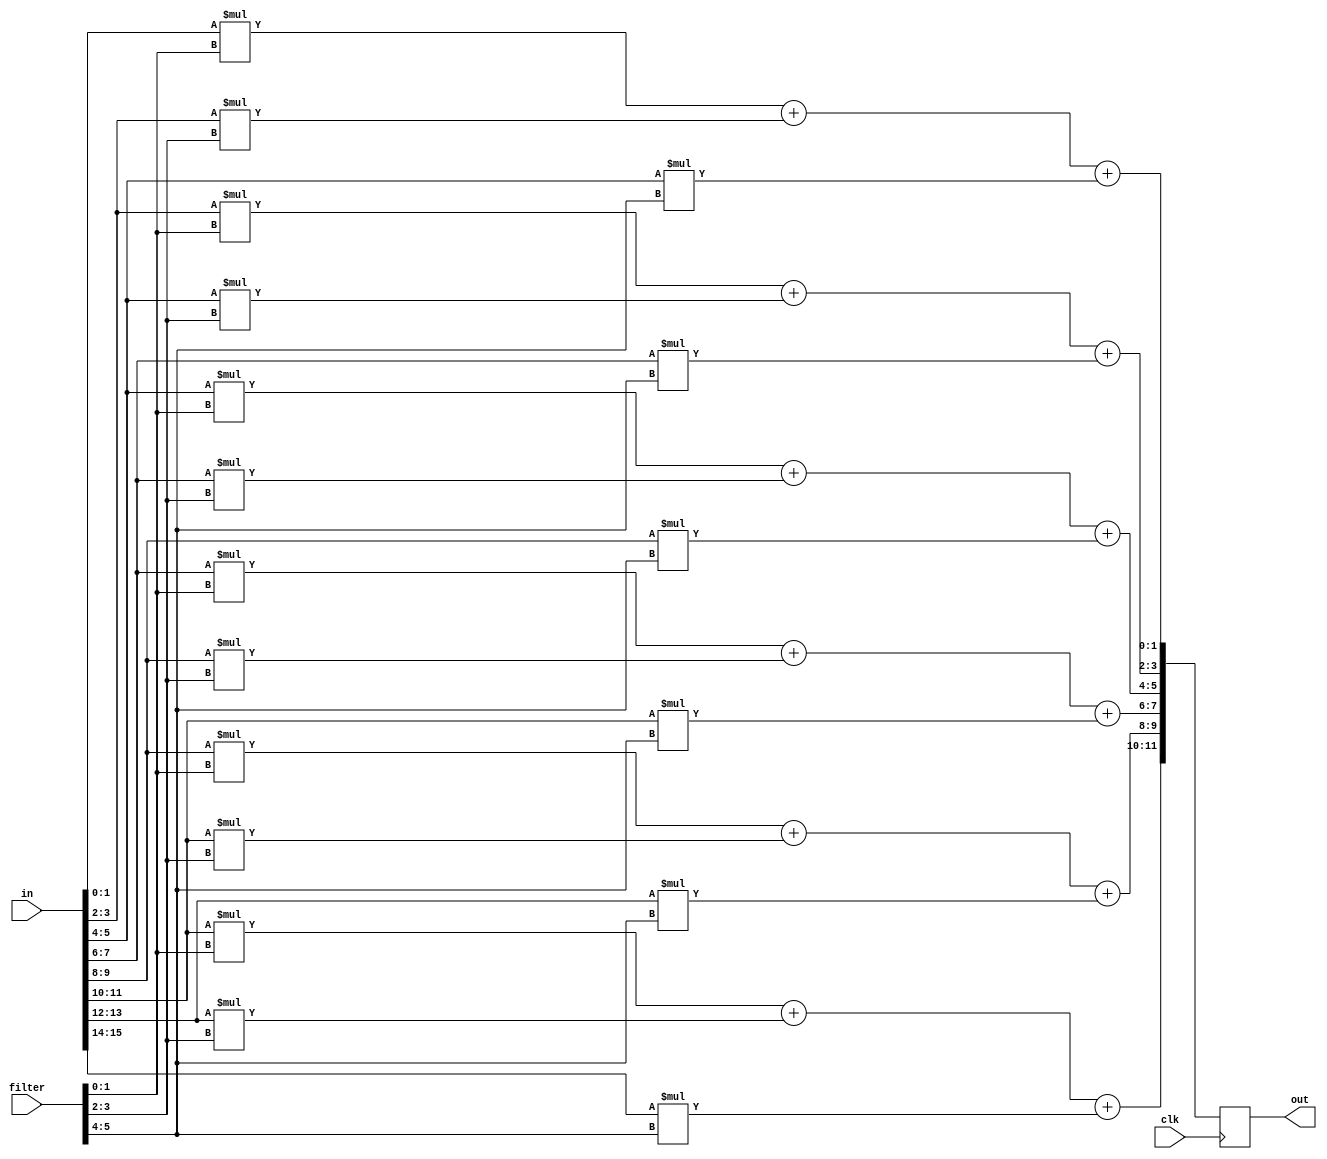
module pe_new_8x8(clk,in,filter,out);
input clk;
input [15:0]in;
input [5:0]filter;
output [11:0]out;

reg [11:0]out1;

always@(posedge clk)begin
	out1[1:0] = in[1:0] * filter[1:0] + in[3:2] * filter[3:2] + in[5:4] * filter[5:4];
	out1[3:2] = in[3:2] * filter[1:0] + in[5:4] * filter[3:2] + in[7:6] * filter[5:4];
	out1[5:4] = in[5:4] * filter[1:0] + in[7:6] * filter[3:2] + in[9:8] * filter[5:4];
	out1[7:6] = in[7:6] * filter[1:0] + in[9:8] * filter[3:2] + in[11:10] * filter[5:4];
	out1[9:8] = in[9:8] * filter[1:0] + in[11:10] * filter[3:2] + in[13:12] * filter[5:4];
	out1[11:10] = in[11:10] * filter[1:0] + in[13:12] * filter[3:2] + in[15:14] * filter[5:4];
end

assign out = out1;

endmodule